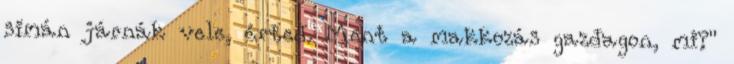
simán járnák vele, érted. Ment a makkozás gazdagon, mi?"